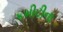
કમીટીના